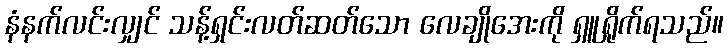
နံနက်လင်းလျှင် သန့်ရှင်းလတ်ဆတ်သော လေချိုအေးကို ရှူရှိုက်ရသည်။